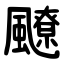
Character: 飉